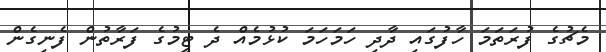
މެޗުގެ ފުރަތަމަ ހާފުގައި ދާދި ހަމަހަމަ ކުޅުމެއް ދެ ޓީމުގެ ފަރާތުން ފެނިގެން